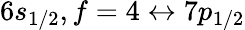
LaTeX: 6s_{1/2},f=4\leftrightarrow 7p_{1/2}